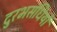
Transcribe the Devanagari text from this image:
दुरभसंधियों